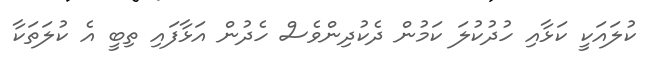
ކުލައަކީ ކަޅާއި ހުދުކުލަ ކަމުން ދެކުދިންވެސް ހެދުން އަޅާފައި ތިބީ އެ ކުލަތަކާ